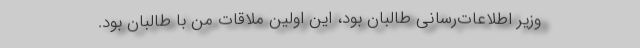
وزیر اطلاعات‌رسانی طالبان بود، این اولین ملاقات من با طالبان بود.